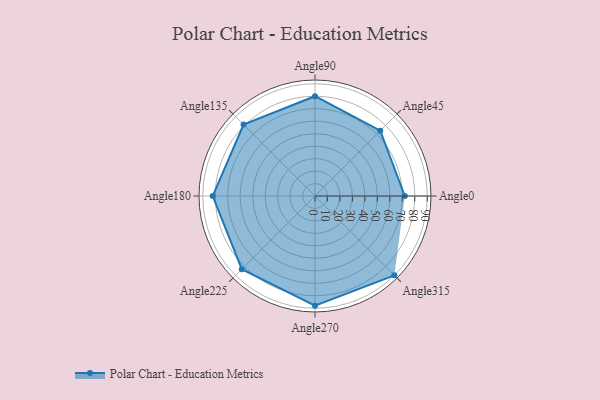
{"axis": {"x": "Angle", "y": "Radius"}, "legend": [""], "data": [{"x": "Angle0", "y": 72.0, "type": ""}, {"x": "Angle45", "y": 74.0, "type": ""}, {"x": "Angle90", "y": 80.0, "type": ""}, {"x": "Angle135", "y": 81.0, "type": ""}, {"x": "Angle180", "y": 82.0, "type": ""}, {"x": "Angle225", "y": 83.0, "type": ""}, {"x": "Angle270", "y": 88.0, "type": ""}, {"x": "Angle315", "y": 90.0, "type": ""}]}